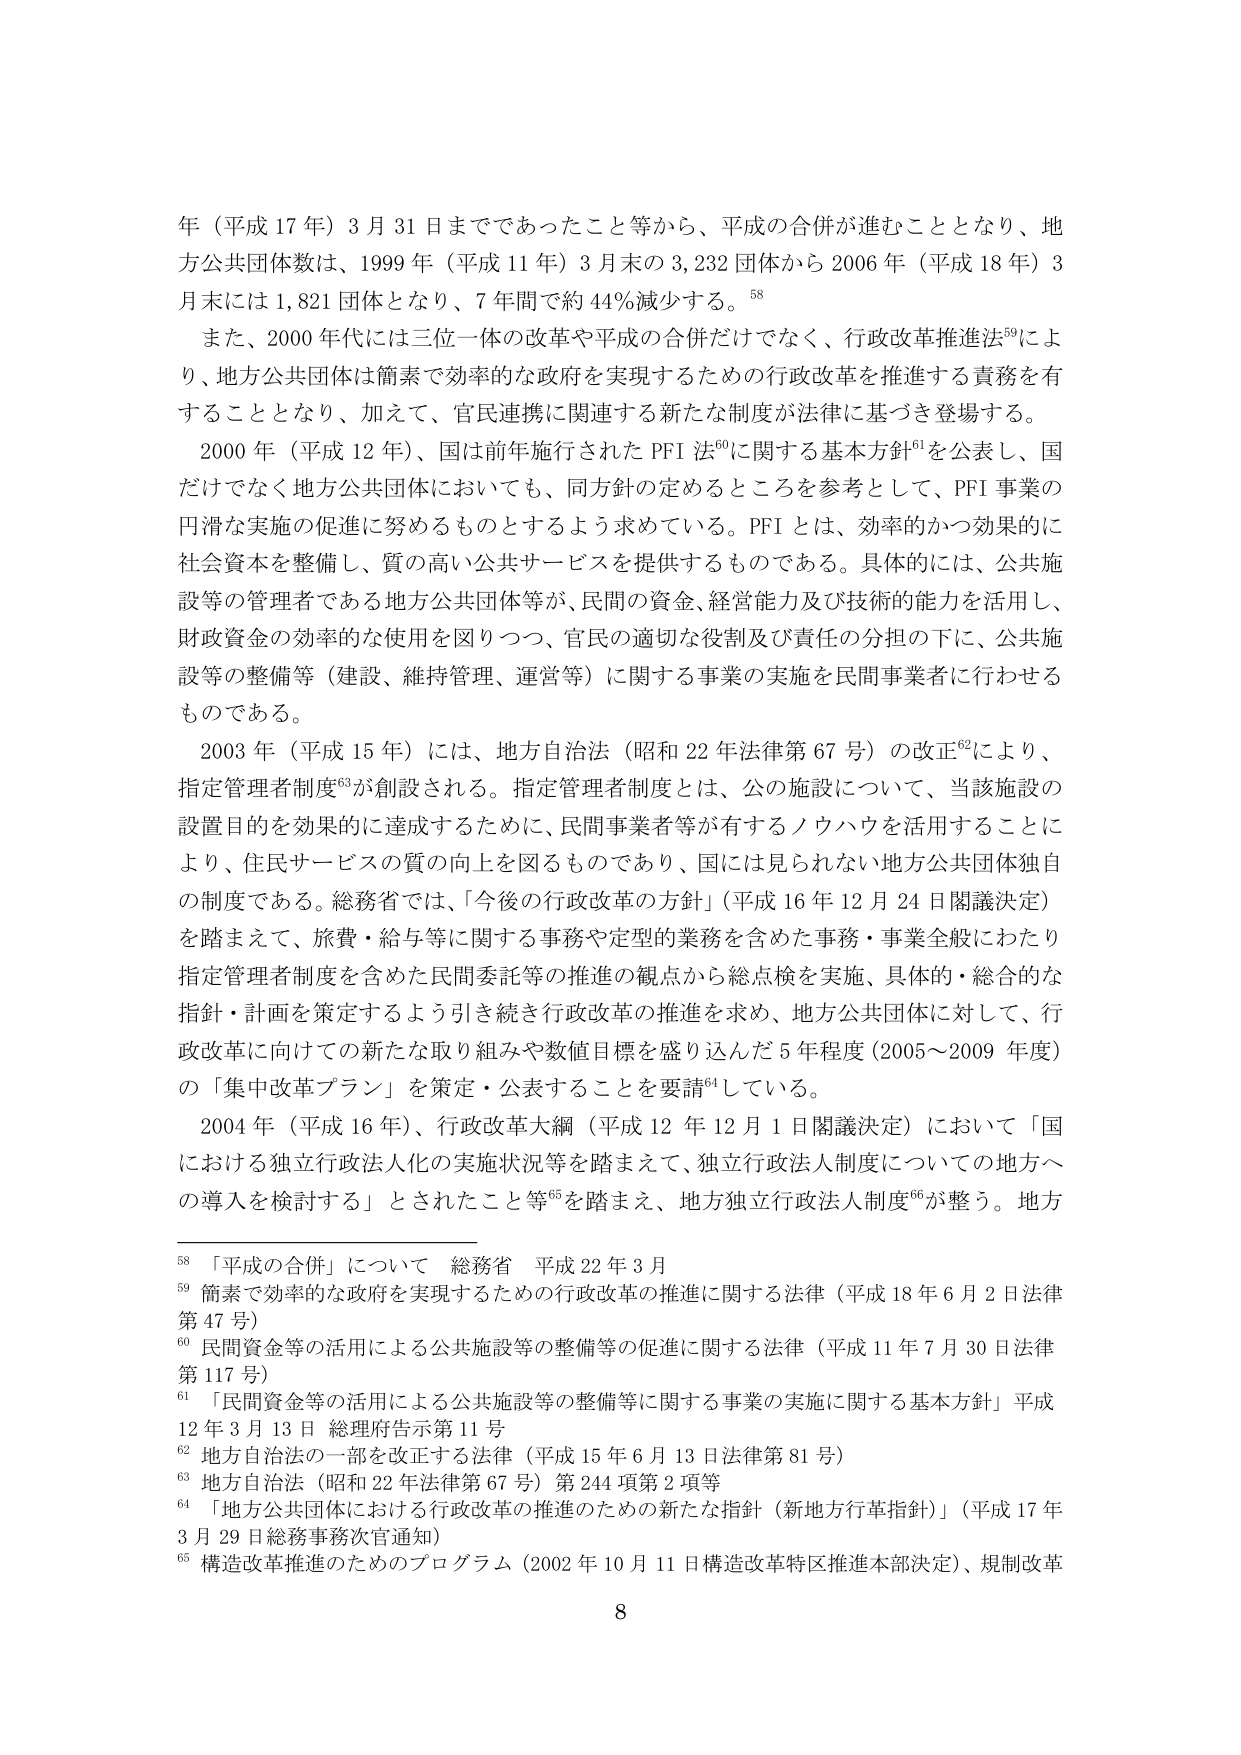
年（平成17年）3月31日までであったこと等から、平成の合併が進むこととなり、地方公共団体数は、1999年（平成11年）3月末の3,232団体から2006年（平成18年）3月末には1,821団体となり、7年間で約44％減少する。⁵⁸

また、2000年代には三位一体の改革や平成の合併だけでなく、行政改革推進法⁵⁹により、地方公共団体は簡素で効率的な政府を実現するための行政改革を推進する責務を有することとなり、加えて、官民連携に関連する新たな制度が法律に基づき登場する。

2000年（平成12年）、国は前年施行されたPFI法⁶⁰に関する基本方針⁶¹を公表し、国だけでなく地方公共団体においても、同方針の定めるところを参考として、PFI事業の円滑な実施の促進に努めるものとするよう求めている。PFIとは、効率的かつ効果的に社会資本を整備し、質の高い公共サービスを提供するものである。具体的には、公共施設等の管理者である地方公共団体等が、民間の資金、経営能力及び技術的能力を活用し、財政資金の効率的な使用を図りつつ、官民の適切な役割及び責任の分担の下に、公共施設等の整備等（建設、維持管理、運営等）に関する事業の実施を民間事業者に行わせるものである。

2003年（平成15年）には、地方自治法（昭和22年法律第67号）の改正⁶²により、指定管理者制度⁶³が創設される。指定管理者制度とは、公の施設について、当該施設の設置目的を効果的に達成するために、民間事業者等が有するノウハウを活用することにより、住民サービスの質の向上を図るものであり、国には見られない地方公共団体独自の制度である。総務省では、「今後の行政改革の方針」（平成16年12月24日閣議決定）を踏まえて、旅費・給与等に関する事務や定型的業務を含めた事務・事業全般にわたり指定管理者制度を含めた民間委託等の推進の観点から総点検を実施、具体的・総合的な指針・計画を策定するよう引き続き行政改革の推進を求め、地方公共団体に対して、行政改革に向けての新たな取り組みや数値目標を盛り込んだ5年程度（2005～2009年度）の「集中改革プラン」を策定・公表することを要請⁶⁴している。

2004年（平成16年）、行政改革大綱（平成12年12月1日閣議決定）において「国における独立行政法人化の実施状況等を踏まえて、独立行政法人制度についての地方への導入を検討する」とされたこと等⁶⁵を踏まえ、地方独立行政法人制度⁶⁶が整う。地方

⁵⁸「平成の合併」について 総務省 平成22年3月
⁵⁹簡素で効率的な政府を実現するための行政改革の推進に関する法律（平成18年6月2日法律第47号）
⁶⁰民間資金等の活用による公共施設等の整備等の促進に関する法律（平成11年7月30日法律第117号）
⁶¹「民間資金等の活用による公共施設等の整備等に関する事業の実施に関する基本方針」平成12年3月13日 総理府告示第11号
⁶²地方自治法の一部を改正する法律（平成15年6月13日法律第81号）
⁶³地方自治法（昭和22年法律第67号）第244項第2項等
⁶⁴「地方公共団体における行政改革の推進のための新たな指針（新地方行革指針）」（平成17年3月29日総務事務次官通知）
⁶⁵構造改革推進のためのプログラム（2002年10月11日構造改革特区推進本部決定）、規制改革

8